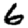
Digit: 6